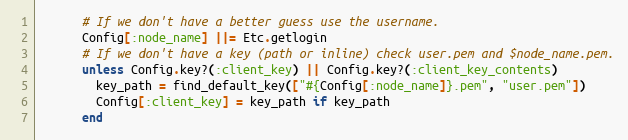
Language: Ruby
      # If we don't have a better guess use the username.
      Config[:node_name] ||= Etc.getlogin
      # If we don't have a key (path or inline) check user.pem and $node_name.pem.
      unless Config.key?(:client_key) || Config.key?(:client_key_contents)
        key_path = find_default_key(["#{Config[:node_name]}.pem", "user.pem"])
        Config[:client_key] = key_path if key_path
      end